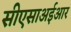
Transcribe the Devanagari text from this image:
सीएसाअईआर